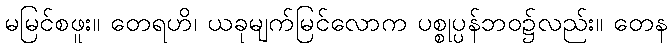
မမြင်စဖူး။ တေရဟိ၊ ယခုမျက်မြင်လောက ပစ္စုပ္ပန်ဘဝ၌လည်း။ တေန